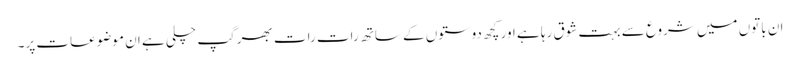
ان باتوں میں شروع سے بہت شوق رہا ہے اور کچھ دوستوں کے ساتھ رات رات بھر گپ چلی ہے ان موضوعات پر۔